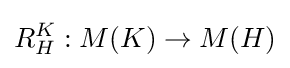
R_{H}^{K}:M(K)\to M(H)